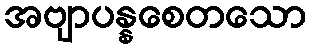
အဗျာပန္နစေတသော